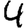
Digit: 4